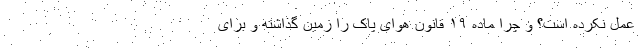
عمل نکرده است؟ و چرا ماده ۱۹ قانون هوای پاک را زمین گذاشته و برای